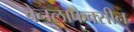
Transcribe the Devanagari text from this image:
वेनलाफैक्सीन